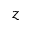
z